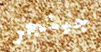
جينجر